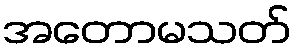
အတောမသတ်